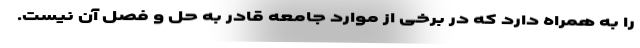
را به همراه دارد که در برخی از موارد جامعه قادر به حل و فصل آن نیست.